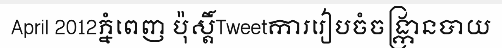
April 2012ភ្នំពេញ ប៉ុស្តិ៍Tweetការរៀបចំចង្ក្រានបាយ